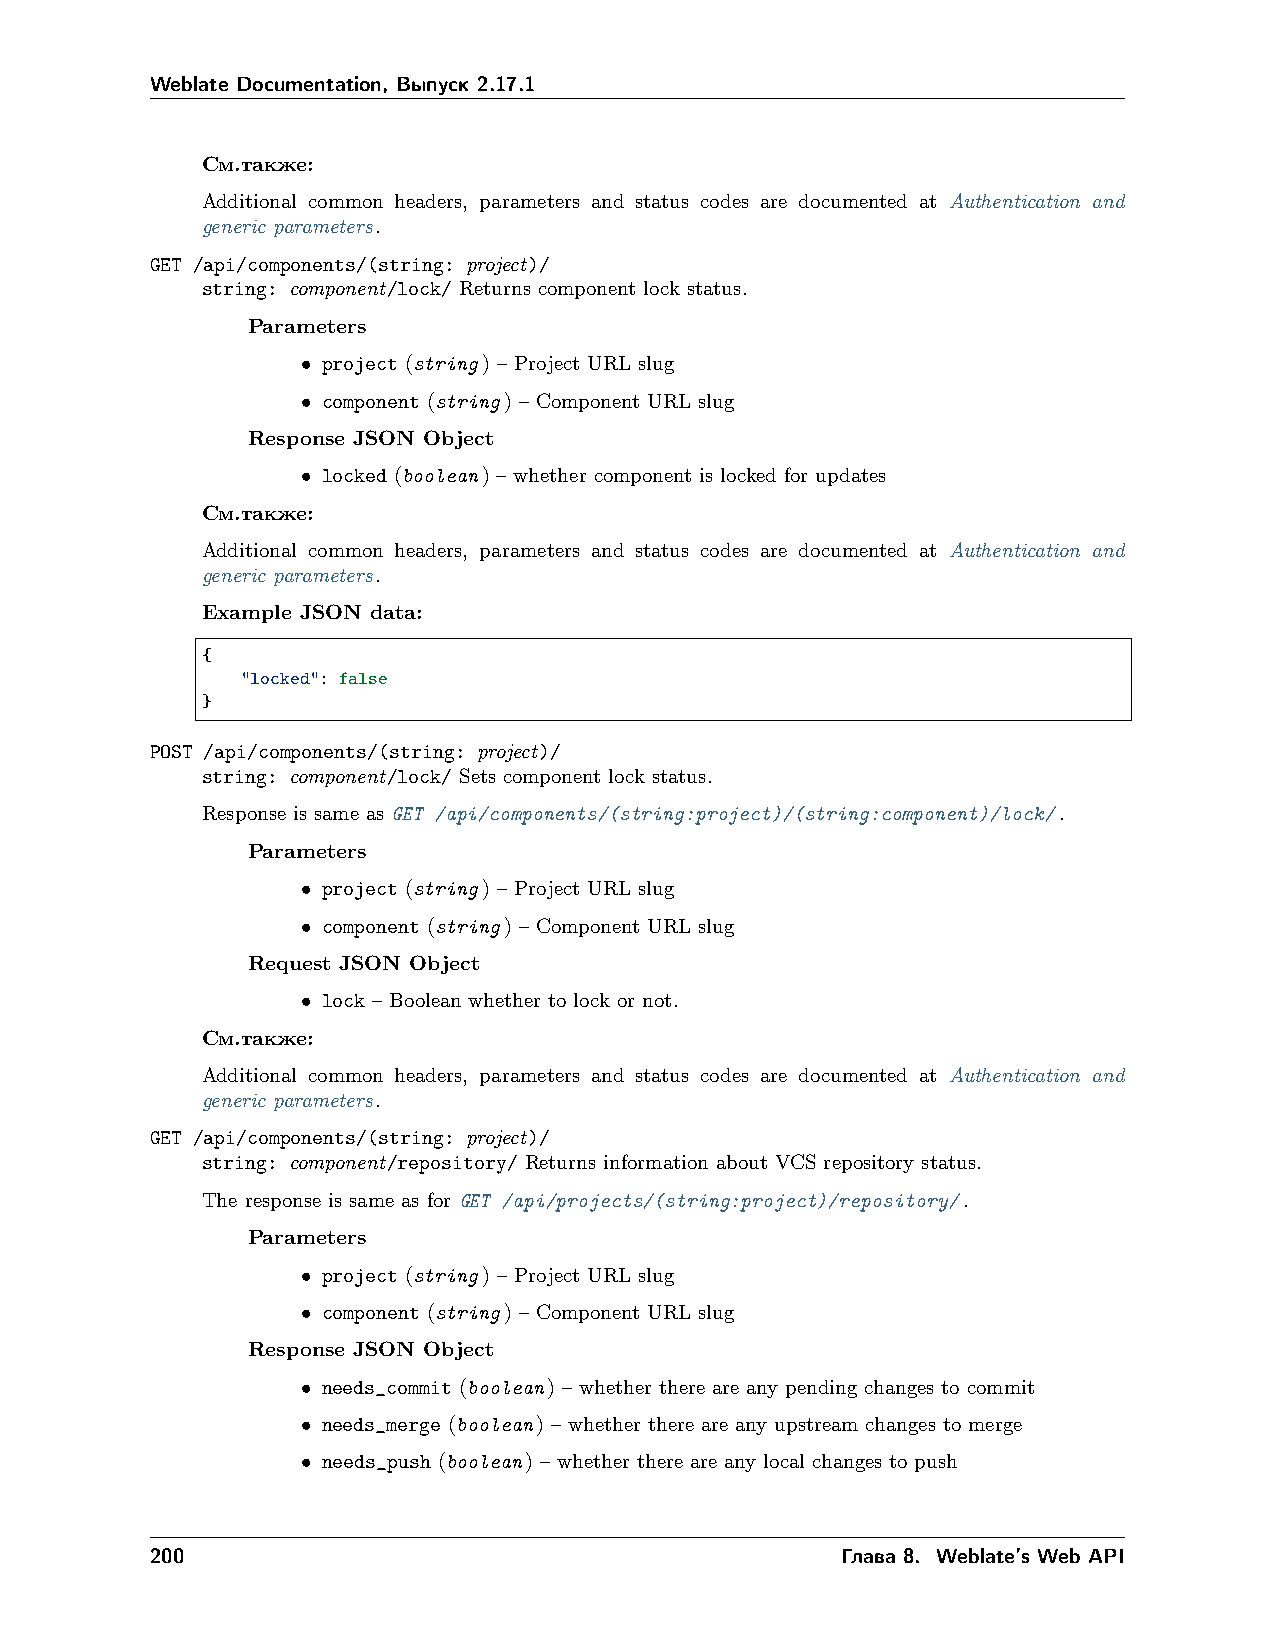
Weblate Documentation, Выпуск 2.17.1
 См.также:
 Additional common headers, parameters and status codes are documented at Authentication and
 generic parameters.
 GET /api/components/(string: project)/
 string: component/lock/ Returns component lock status.
 Parameters
 • project (string) – Project URL slug
 • component (string) – Component URL slug
 Response JSON Object
 • locked (boolean) – whether component is locked for updates
 См.также:
 Additional common headers, parameters and status codes are documented at Authentication and
 generic parameters.
 Example JSON data:
 {
 "locked": false
 }
 POST /api/components/(string: project)/
 string: component/lock/ Sets component lock status.
 Response is same as GET /api/components/(string:project)/(string:component)/lock/.
 Parameters
 • project (string) – Project URL slug
 • component (string) – Component URL slug
 Request JSON Object
 • lock – Boolean whether to lock or not.
 См.также:
 Additional common headers, parameters and status codes are documented at Authentication and
 generic parameters.
 GET /api/components/(string: project)/
 string: component/repository/ Returns information about VCS repository status.
 The response is same as for GET /api/projects/(string:project)/repository/.
 Parameters
 • project (string) – Project URL slug
 • component (string) – Component URL slug
 Response JSON Object
 • needs_commit (boolean) – whether there are any pending changes to commit
 • needs_merge (boolean) – whether there are any upstream changes to merge
 • needs_push (boolean) – whether there are any local changes to push
 200                                           Глава 8. Weblate’s Web API